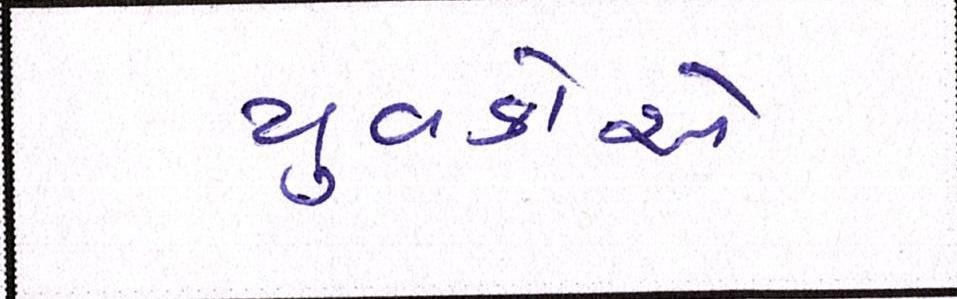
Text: યુવકોએ